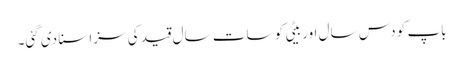
باپ کو دس سال اور بیٹی کو سات سال قید کی سزا سنا دی گئی۔